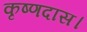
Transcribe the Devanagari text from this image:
कृष्णदास।